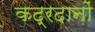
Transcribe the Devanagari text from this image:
कद्रदानों